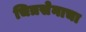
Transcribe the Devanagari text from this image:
चित्रसेनाचा